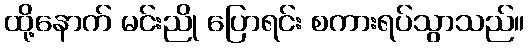
ထို့နောက် မင်းညို ပြောရင်း စကားရပ်သွာသည်။